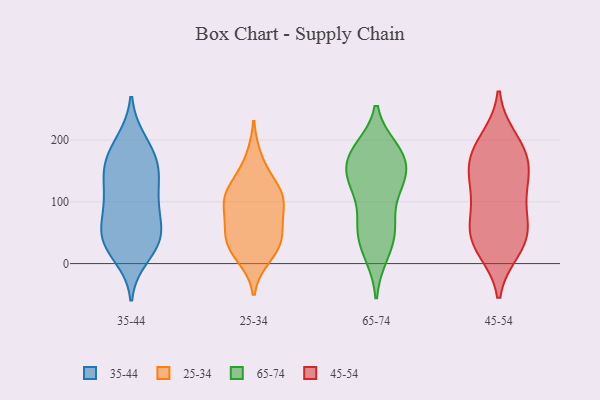
{"axis": {"x": "Humidity (%)", "y": "Value"}, "legend": ["25-34", "35-44", "45-54", "65-74"], "data": [{"x": "", "y": 102, "type": "35-44"}, {"x": "", "y": 143, "type": "35-44"}, {"x": "", "y": 155, "type": "35-44"}, {"x": "", "y": 56, "type": "35-44"}, {"x": "", "y": 159, "type": "35-44"}, {"x": "", "y": 179, "type": "35-44"}, {"x": "", "y": 48, "type": "35-44"}, {"x": "", "y": 150, "type": "35-44"}, {"x": "", "y": 94, "type": "35-44"}, {"x": "", "y": 96, "type": "35-44"}, {"x": "", "y": 199, "type": "35-44"}, {"x": "", "y": 26, "type": "35-44"}, {"x": "", "y": 144, "type": "35-44"}, {"x": "", "y": 34, "type": "35-44"}, {"x": "", "y": 11, "type": "35-44"}, {"x": "", "y": 41, "type": "35-44"}, {"x": "", "y": 102, "type": "35-44"}, {"x": "", "y": 195, "type": "35-44"}, {"x": "", "y": 32, "type": "35-44"}, {"x": "", "y": 61, "type": "35-44"}, {"x": "", "y": 90, "type": "25-34"}, {"x": "", "y": 170, "type": "25-34"}, {"x": "", "y": 129, "type": "25-34"}, {"x": "", "y": 110, "type": "25-34"}, {"x": "", "y": 63, "type": "25-34"}, {"x": "", "y": 23, "type": "25-34"}, {"x": "", "y": 49, "type": "25-34"}, {"x": "", "y": 31, "type": "25-34"}, {"x": "", "y": 109, "type": "25-34"}, {"x": "", "y": 39, "type": "25-34"}, {"x": "", "y": 10, "type": "25-34"}, {"x": "", "y": 89, "type": "25-34"}, {"x": "", "y": 119, "type": "25-34"}, {"x": "", "y": 125, "type": "65-74"}, {"x": "", "y": 180, "type": "65-74"}, {"x": "", "y": 186, "type": "65-74"}, {"x": "", "y": 139, "type": "65-74"}, {"x": "", "y": 69, "type": "65-74"}, {"x": "", "y": 185, "type": "65-74"}, {"x": "", "y": 13, "type": "65-74"}, {"x": "", "y": 60, "type": "65-74"}, {"x": "", "y": 117, "type": "65-74"}, {"x": "", "y": 171, "type": "65-74"}, {"x": "", "y": 56, "type": "65-74"}, {"x": "", "y": 140, "type": "65-74"}, {"x": "", "y": 143, "type": "65-74"}, {"x": "", "y": 13, "type": "65-74"}, {"x": "", "y": 174, "type": "65-74"}, {"x": "", "y": 54, "type": "65-74"}, {"x": "", "y": 42, "type": "65-74"}, {"x": "", "y": 181, "type": "65-74"}, {"x": "", "y": 121, "type": "65-74"}, {"x": "", "y": 147, "type": "65-74"}, {"x": "", "y": 167, "type": "45-54"}, {"x": "", "y": 200, "type": "45-54"}, {"x": "", "y": 56, "type": "45-54"}, {"x": "", "y": 126, "type": "45-54"}, {"x": "", "y": 26, "type": "45-54"}, {"x": "", "y": 146, "type": "45-54"}, {"x": "", "y": 23, "type": "45-54"}, {"x": "", "y": 182, "type": "45-54"}, {"x": "", "y": 45, "type": "45-54"}, {"x": "", "y": 104, "type": "45-54"}, {"x": "", "y": 48, "type": "45-54"}, {"x": "", "y": 139, "type": "45-54"}, {"x": "", "y": 184, "type": "45-54"}, {"x": "", "y": 77, "type": "45-54"}]}